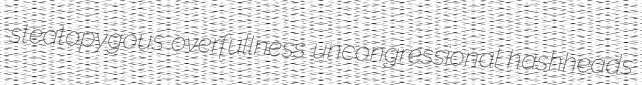
steatopygous overfullness uncongressional hashheads